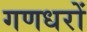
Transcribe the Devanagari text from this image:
गणधरों